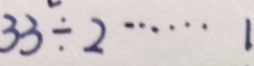
3 3 \div 2 \cdots 1